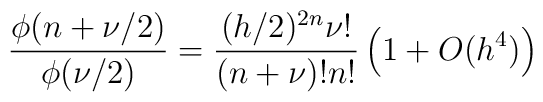
\frac{\phi(n+\nu/2)}{\phi(\nu/2)}=\frac{(h/2)^{2n} \nu !}{(n+\nu)!n!}\left(1+O(h^4)\right)